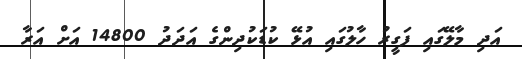
އަދި މާލޭގައި ފަގީރު ހާލުގައި އުޅޭ ކުޑަކުދިންގެ އަދަދު 14800 އަށް އަރާ